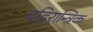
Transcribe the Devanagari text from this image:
बहिरान्त्रिक